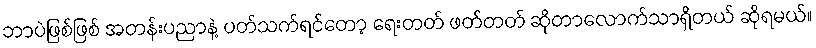
ဘာပဲဖြစ်ဖြစ် အတန်းပညာနဲ့ ပတ်သက်ရင်တော့ ရေးတတ် ဖတ်တတ် ဆိုတာလောက်သာရှိတယ် ဆိုရမယ်။